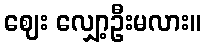
ဈေး လျှော့ဦးမလား။